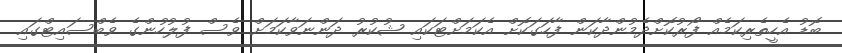
ބޮޑު އެހީތެރިކަމެއް ފޯރުކޮށްދެމުންދާކަން ފާހަގަކޮށް އެކަމަށްޓަކައި ޝުކުރު ދަންނަވާކަމަށް ވެސް ފުލުހުންގެ ވެބްސައިޓްގައި